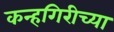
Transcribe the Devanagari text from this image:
कन्हगिरीच्या